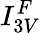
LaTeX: I_{3V}^{F}